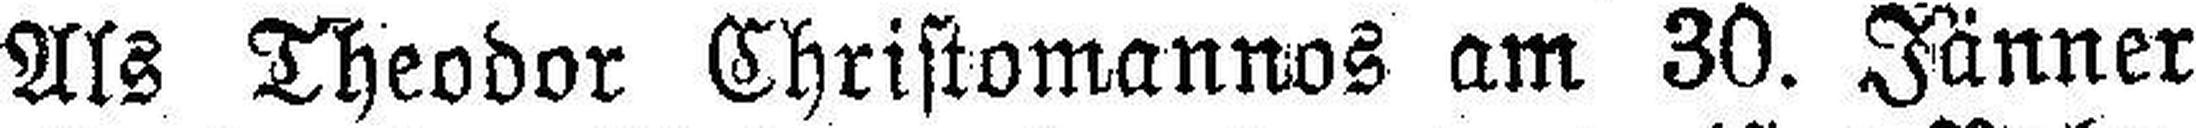
Als Theodor Christomannos am 30. Jänner